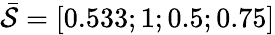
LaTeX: \bar{\mathcal{S}}=[0.533;1;0.5;0.75]